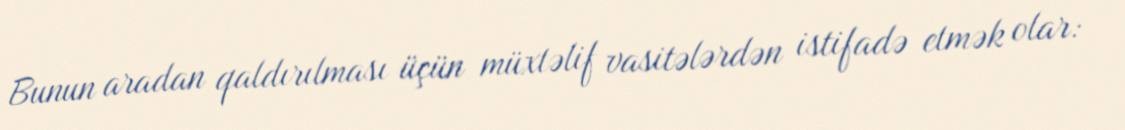
Bunun aradan qaldırılması üçün müxtəlif vasitələrdən istifadə etmək olar: